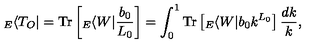
{ } _ { E } \langle T _ { O } | = \mathrm { T r } \left[ { } _ { E } \langle W | \frac { b _ { 0 } } { L _ { 0 } } \right] = \int _ { 0 } ^ { 1 } \mathrm { T r } \left[ { } _ { E } \langle W | b _ { 0 } k ^ { L _ { 0 } } \right] \frac { d k } { k } ,